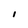
Character: I